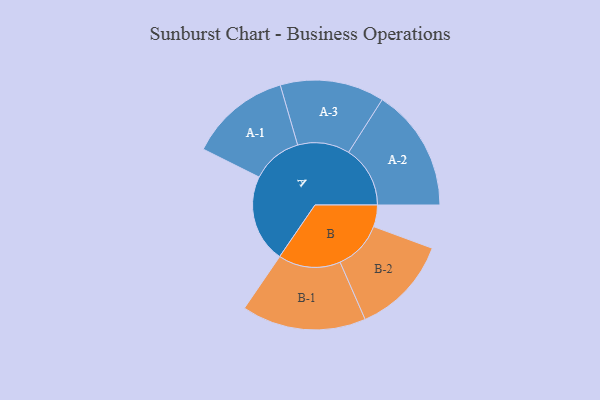
{"axis": {"x": "Segment", "y": "Value"}, "legend": ["", "A", "B"], "data": [{"x": "A", "y": 410, "type": ""}, {"x": "B", "y": 101, "type": ""}, {"x": "A-1", "y": 236, "type": "A"}, {"x": "A-2", "y": 287, "type": "A"}, {"x": "A-3", "y": 243, "type": "A"}, {"x": "B-1", "y": 290, "type": "B"}, {"x": "B-2", "y": 230, "type": "B"}]}